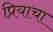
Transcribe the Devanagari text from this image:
प्रियाचा